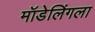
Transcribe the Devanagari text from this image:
मॉडेलिंगला